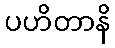
ပဟိတာနိ